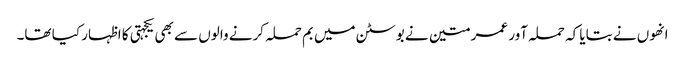
انھوں نے بتایا کہ حملہ آور عمر متین نے بوسٹن میں بم حملہ کرنے والوں سے بھی یکجہتی کا اظہار کیا تھا۔